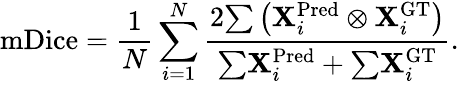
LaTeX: \mathrm{mDice}=\frac{1}{N}\sum_{i=1}^{N}\frac{2{\sum}\left({\mathbf X}_{i}^{\mathrm{Pred}}\otimes{\mathbf X}_{i}^{\mathrm{GT}}\right)}{{\sum}{\mathbf X}_{i}^{\mathrm{Pred}}+{\sum}{\mathbf X}_{i}^{\mathrm{GT}}}.